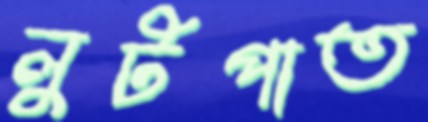
লুটপাত